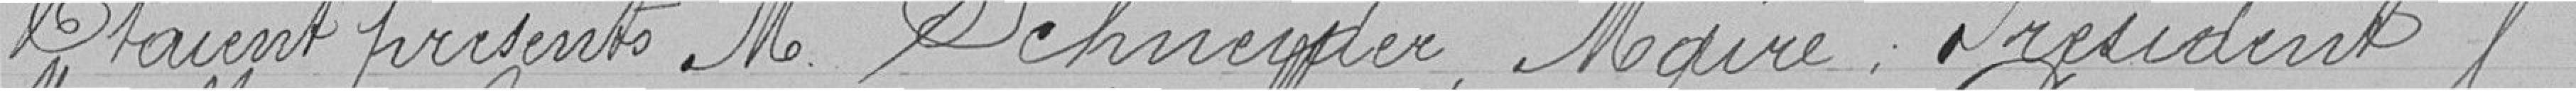
Etaient présents M Schneider Maire Président